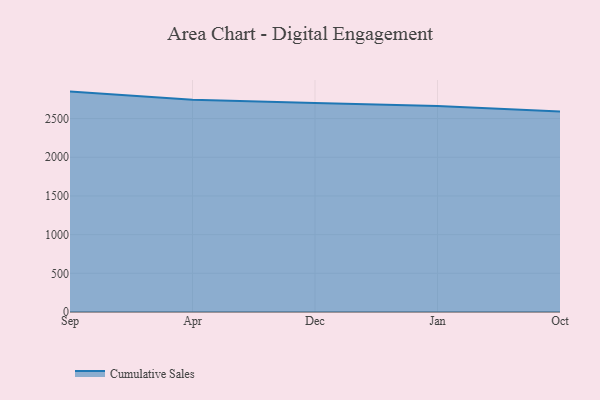
{"axis": {"x": "Month", "y": "Humidity (%)"}, "legend": ["Cumulative Sales"], "data": [{"x": "Sep", "y": 2848.5, "type": "Cumulative Sales"}, {"x": "Apr", "y": 2742.1, "type": "Cumulative Sales"}, {"x": "Dec", "y": 2702.3, "type": "Cumulative Sales"}, {"x": "Jan", "y": 2661.0, "type": "Cumulative Sales"}, {"x": "Oct", "y": 2592.8, "type": "Cumulative Sales"}]}